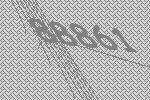
88861